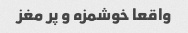
واقعا خوشمزه و پر مغز